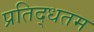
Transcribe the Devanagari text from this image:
प्रतिद्धतम